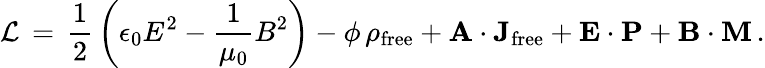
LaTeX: {\mathcal{L}}\, =\, {\frac{1}{2}}\left(\epsilon_{0}E^{2}-{\frac{1}{\mu_{0}}}B^{2}\right)-\phi\, \rho_{\mathrm{free}}+\mathbf{A}\cdot\mathbf{J}_{\mathrm{free}}+\mathbf{E}\cdot\mathbf{P}+\mathbf{B}\cdot\mathbf{M}\, .